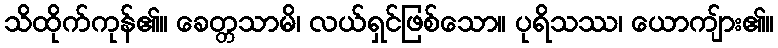
သိထိုက်ကုန်၏။ ခေတ္တသာမိ၊ လယ်ရှင်ဖြစ်သော။ ပုရိသဿ၊ ယောကျ်ား၏။